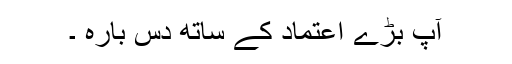
آپ بڑے اعتماد کے ساتھ دس بارہ ۔